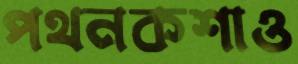
পথনকশাও